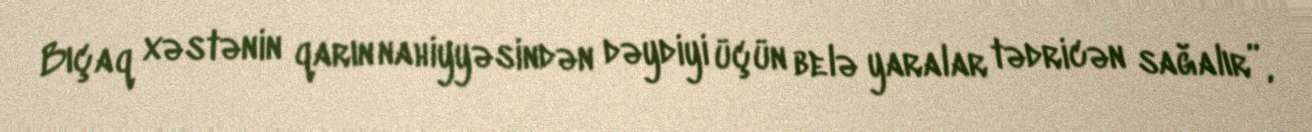
Bıçaq xəstənin qarın nahiyyəsindən dəydiyi üçün belə yaralar tədricən sağalır”,